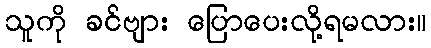
သူကို ခင်ဗျား ပြောပေးလို့ရမလား။